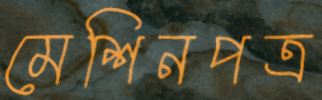
মেশিনপত্র